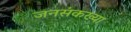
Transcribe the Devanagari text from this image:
जनसंकख्या